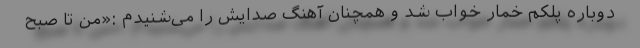
دوباره پلکم خمار خواب شد و همچنان آهنگ صدایش را می‌شنیدم :«من تا صبح